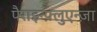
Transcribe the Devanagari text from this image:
पैराइन्फ़्लुएन्ज़ा